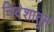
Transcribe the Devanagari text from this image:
विदेशातुन